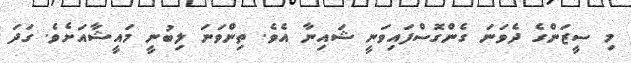
މި ސީޒަންގެ ދެވަނަ ގެންގޮސްފައިވަނީ ޝައިނާ އެވެ. ތިންވަނަ ލިބުނީ މައީޝާއަށެވެ. ގަދަ